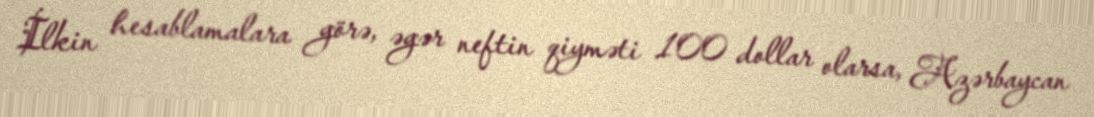
İlkin hesablamalara görə, əgər neftin qiyməti 100 dollar olarsa, Azərbaycan